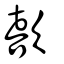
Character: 歖